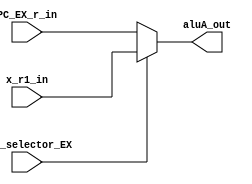

// File generated by Go version U-2022.12#33f3808fcb#221128, Thu Jan 25 16:08:15 2024
// Copyright 2014-2022 Synopsys, Inc. All rights reserved.
// go -I../lib -F -DSYNTHESIS_NO_UNGROUP -D__tct_patch__=0 -Verilog -otrv32p3_cnn_vlog -cgo_options.cfg -Itrv32p3_cnn_vlog/tmp_pdg -updg -updg_controller trv32p3_cnn



`timescale 1ns/1ps

// module mux_aluA : mux_aluA
module mux_aluA
  ( input                    ohe_selector_EX,
    input             [31:0] PC_EX_r_in, // addr
    input      signed [31:0] x_r1_in, // w32
    output reg signed [31:0] aluA_out // w32
  );


  always @ (*)

  begin : p_mux_aluA

    // aluA_out = 32'sh0;

    // (aluA_copy0_PC_EX_r_EX)
    // [alu.n:210]
    aluA_out = $signed(PC_EX_r_in);

    if (ohe_selector_EX) // (aluA_copy0_x_r1_EX)
    begin
      // [alu.n:69][alu.n:131][alu.n:167](regX.n:75)
      aluA_out = x_r1_in;
    end

  end

endmodule